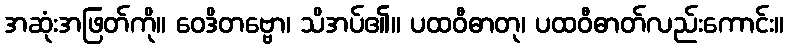
အဆုံးအဖြတ်ကို။ ဝေဒိတဗ္ဗော၊ သိအပ်၏။ ပထဝီဓာတု၊ ပထဝီဓာတ်လည်းကောင်း။